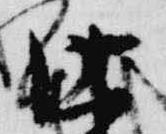
法